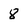
Character: 8